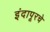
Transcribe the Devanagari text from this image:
इंदापूरचे